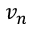
v _ { n }